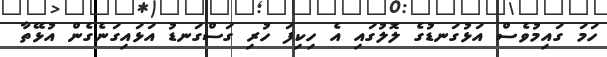
ހަމަ ގައިމުވެސް އަޅުގަނޑުގެ ލޮލުގައި އެ ހިކިފަ ހުރި ގަސްގަނޑު އަޅައިގަނެގެން އުޅޭތާ